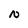
Character: N